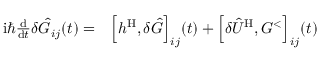
\begin{array} { r l } { \mathrm { i } \hbar \frac { \mathrm { d } } { \mathrm { d } t } \delta \hat { G } _ { i j } ( t ) = } & { { } \Big [ h ^ { \mathrm { H } } , \delta \hat { G } \Big ] _ { i j } ( t ) + \Big [ \delta \hat { U } ^ { \mathrm { H } } , G ^ { < } \Big ] _ { i j } ( t ) } \end{array}